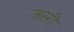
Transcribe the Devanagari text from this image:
जररी